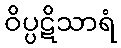
ဝိပ္ပဋိသာရံ